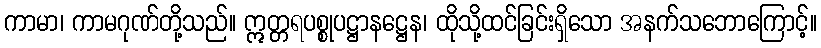
ကာမာ၊ ကာမဂုဏ်တို့သည်။ ဣတ္တရပစ္စုပဋ္ဌာနဋ္ဌေန၊ ထိုသို့ထင်ခြင်းရှိသော အနက်သဘောကြောင့်။